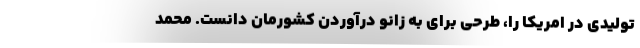
تولیدی در امریکا را، طرحی برای به زانو درآوردن کشورمان دانست. محمد